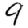
Digit: 9